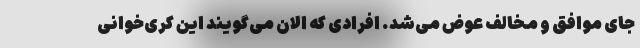
جای موافق و مخالف عوض می‌شد. افرادی که الان می‌گویند این کُری‌خوانی